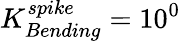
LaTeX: K_{Bending}^{spike}=10^{0}